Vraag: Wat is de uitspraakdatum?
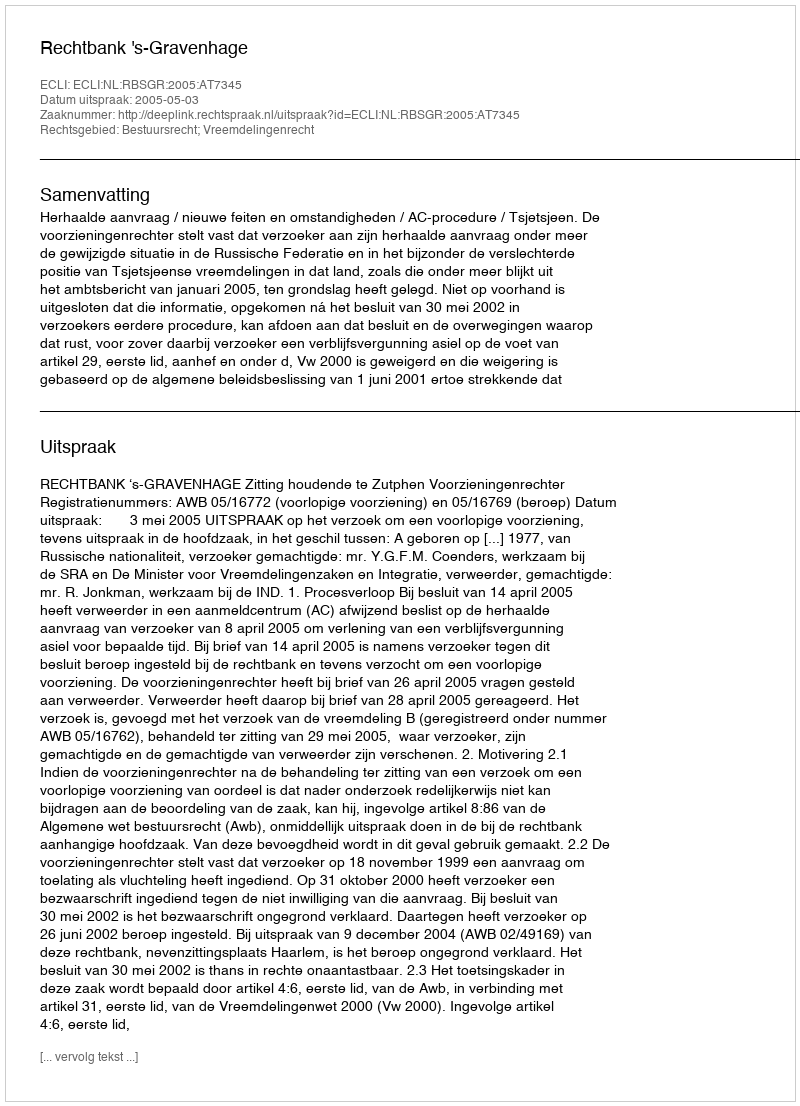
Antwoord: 2005-05-03